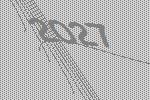
2027